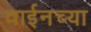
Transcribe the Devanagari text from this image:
वाईनच्या